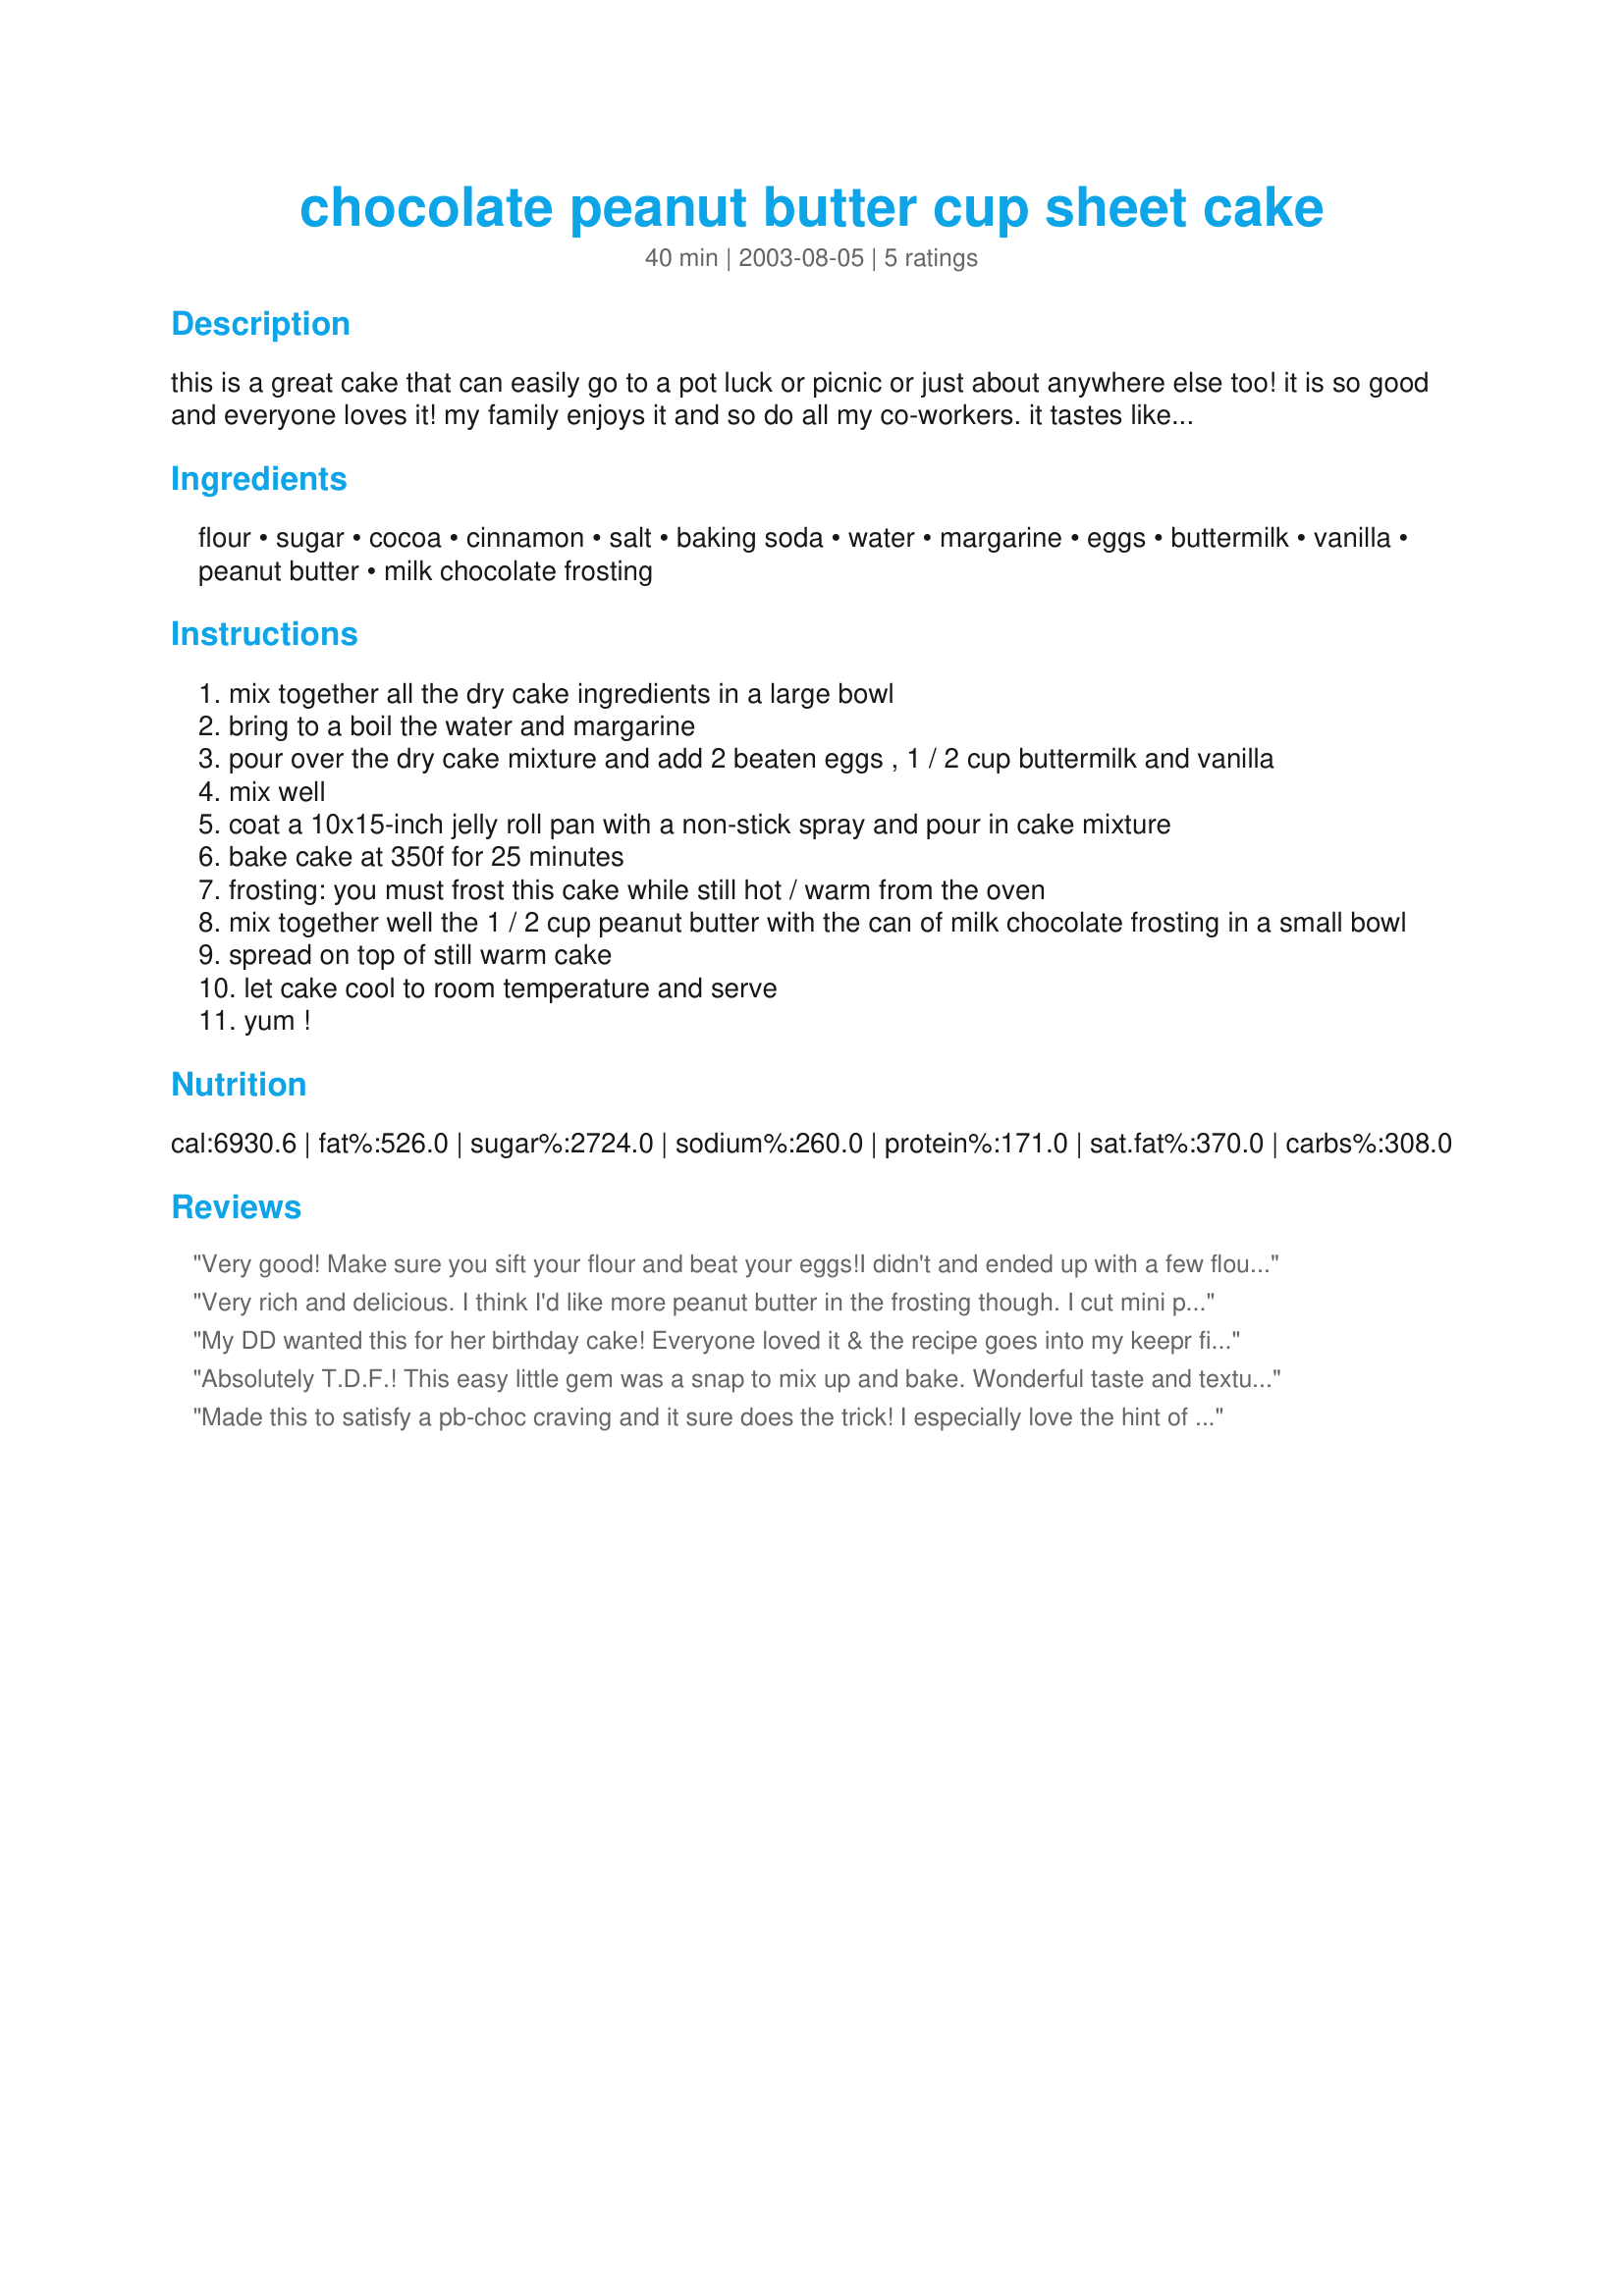
chocolate peanut butter cup sheet cake
Preparation time: 40 minutes

this is a great cake that can easily go to a pot luck or picnic or just about anywhere else too! it is so good and everyone loves it! my family enjoys it and so do all my co-workers. it tastes like a peanut butter cup! it is a much requested recipe. i promise it will be a much requested recipe at your house too if you give it a try!

Ingredients:
flour, sugar, cocoa, cinnamon, salt, baking soda, water, margarine, eggs, buttermilk, vanilla, peanut butter, milk chocolate frosting

Steps:
mix together all the dry cake ingredients in a large bowl
bring to a boil the water and margarine
pour over the dry cake mixture and add 2 beaten eggs , 1 / 2 cup buttermilk and vanilla
mix well
coat a 10x15-inch jelly roll pan with a non-stick spray and pour in cake mixture
bake cake at 350f for 25 minutes
frosting: you must frost this cake while still hot / warm from the oven
mix together well the 1 / 2 cup peanut butter with the can of milk chocolate frosting in a small bowl
spread on top of still warm cake
let cake cool to room temperature and serve
yum !

Reviews:
Very good! Make sure you sift your flour and beat your eggs!I didn't and ended up with a few flour clumps(small ones) and one piece of cooked egg. I was in a hurry so I thought I would skip that-don't do it.It was a little too chocolately for the non chocolate lovers in my family though so next time I think I will try just a straight PB frosting.Very good. very easy.
Very rich and delicious. I think I'd like more peanut butter in the frosting though. I cut mini pb cups in half and pressed half into each piece of cake.
My DD wanted this for her birthday cake! Everyone loved it & the recipe goes into my keepr file. Thanks!
Absolutely T.D.F.! This easy little gem was a snap to mix up and bake. Wonderful taste and texture. I didn't read the ingredients close enough, and discovered I didn't have canned frosting. I improvised by making my usual fudge frosting, but used a 1/4 cup peanutbutter chips and a 1/4 cup milk choccie chips ... Mmmm, came out pretty darn good!
Tis a lovely cake, Theresa, and we thoroughly enjoyed! Thanks for posting ... Be my pleasure to make this one again! Laudee
Made this to satisfy a pb-choc craving and it sure does the trick! I especially love the hint of cinnamon in the cake. An easy-to-make, absolutely delicious cake. Thanks for posting!
